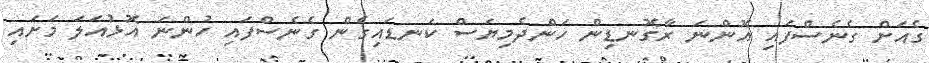
ގެއަށް ގެނެސްފައި އޮންނަ ރާގޮނޑިން ހަންދެމިޔަސް ކަނޑައިގެން ގެނެސްފައި ހުންނަ އޮޅުއަލަ މަށައި